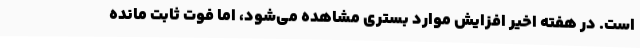
است. در هفته اخیر افزایش موارد بستری مشاهده می‌شود، اما فوت ثابت مانده